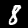
Label: 8